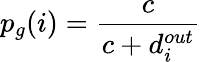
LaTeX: p_{g}(i)=\frac{c}{c+d_{i}^{out}}